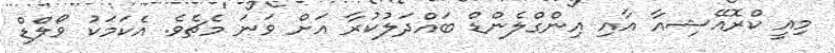
މިއީ ކްރޮއޭޝިއާ އާއި އިންގްލެންޑް ބައްދަލުކުރާ އަށް ވަނަ މެޗެވެ. އެކަމަކު ވޯލްޑް